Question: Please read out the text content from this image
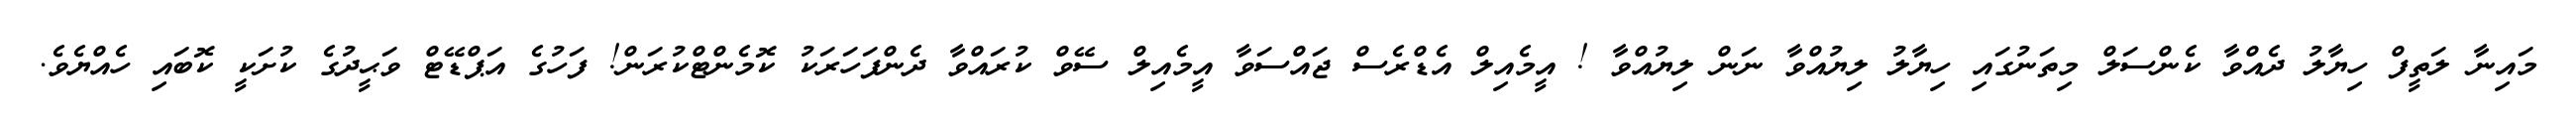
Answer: މައިނާ ލަތީފް ހިޔާލު ދެއްވާ ކެންސަލް މިތަނުގައި ހިޔާލު ލިޔުއްވާ ނަން ލިޔުއްވާ ! އީމެއިލް އެޑްރެސް ޖައްސަވާ އީމެއިލް ސޭވް ކުރައްވާ ދެންފަހަރަކު ކޮމެންޓްކުރަން! ފަހުގެ އަޕްޑޭޓް ވަޙީދުގެ ކުށަކީ ކޮބައި ހެއްޔެވެ.